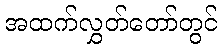
အထက်လွှတ်တော်တွင်